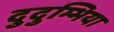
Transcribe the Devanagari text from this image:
दुदुम्भिया